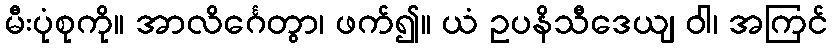
မီးပုံစုကို။ အာလိင်္ဂေတွာ၊ ဖက်၍။ ယံ ဥပနိသီဒေယျ ဝါ၊ အကြင်